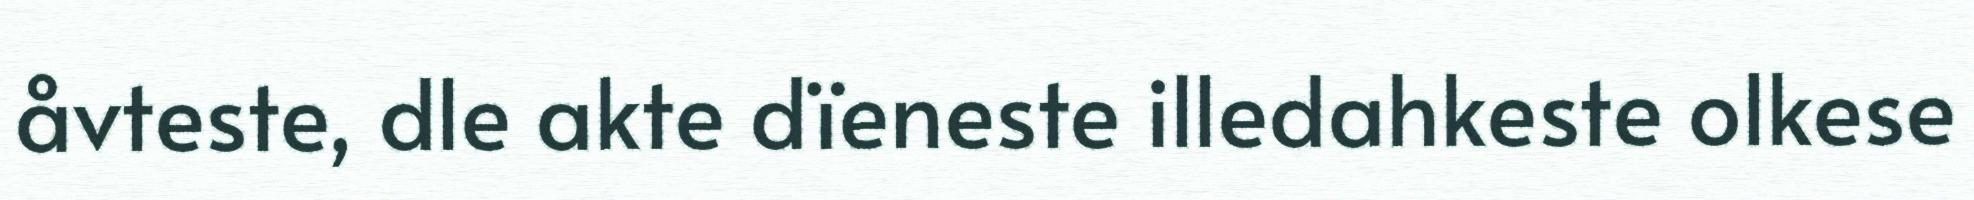
åvteste, dle akte dïeneste illedahkeste olkese